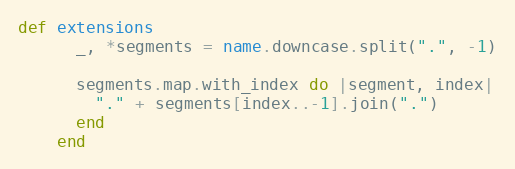
Language: Ruby
def extensions
      _, *segments = name.downcase.split(".", -1)

      segments.map.with_index do |segment, index|
        "." + segments[index..-1].join(".")
      end
    end